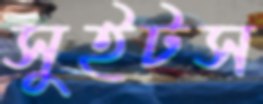
সুইটস